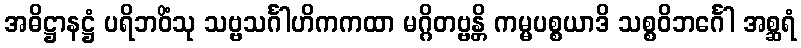
အဓိဋ္ဌာနဋ္ဌံ ပရိဘဝိံသု သဗ္ဗသင်္ဂါဟိကကထာ မဂ္ဂိတဗ္ဗန္တိ ကမ္မပစ္စယာဒိ သစ္စဝိဘင်္ဂေါ အစ္ဆရံ